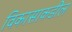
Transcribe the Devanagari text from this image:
विकासाकडील